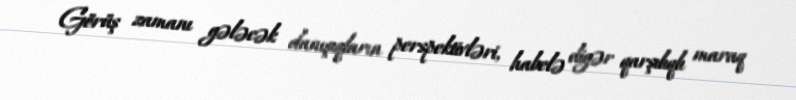
Görüş zamanı gələcək danışıqların perspektivləri, habelə digər qarşılıqlı maraq